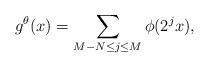
LaTeX: \begin{align*}g^{\theta}(x) = \sum_{ M-N \le j \le M} \phi(2^j x),\end{align*}